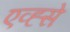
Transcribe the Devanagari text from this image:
एव्ह्से